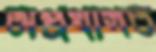
অপ্রথাগত